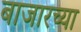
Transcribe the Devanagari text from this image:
बाजारच्या